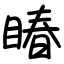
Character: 睶